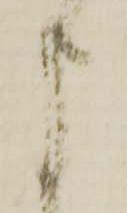
申